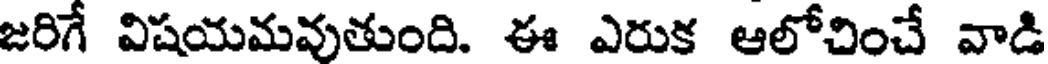
జరిగే విషయమవుతుంది. ఈ ఎరుక ఆలోచించే వాడి